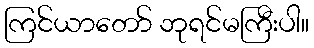
ကြင်ယာတော် ဘုရင်မကြီးပါ။